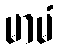
မာမံ